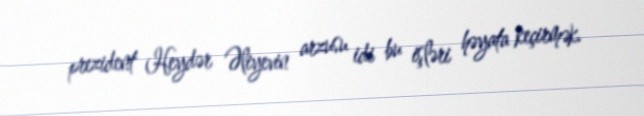
prezident Heydər Əliyevin arzusu idi bu işləri həyata keçirmək.